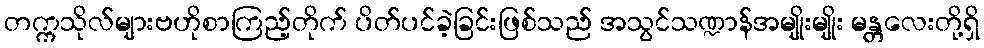
တက္ကသိုလ်များဗဟိုစာကြည့်တိုက် ပိတ်ပင်ခဲ့ခြင်းဖြစ်သည် အသွင်သဏ္ဍာန်အမျိုးမျိုး မန္တလေးတို့ရှိ